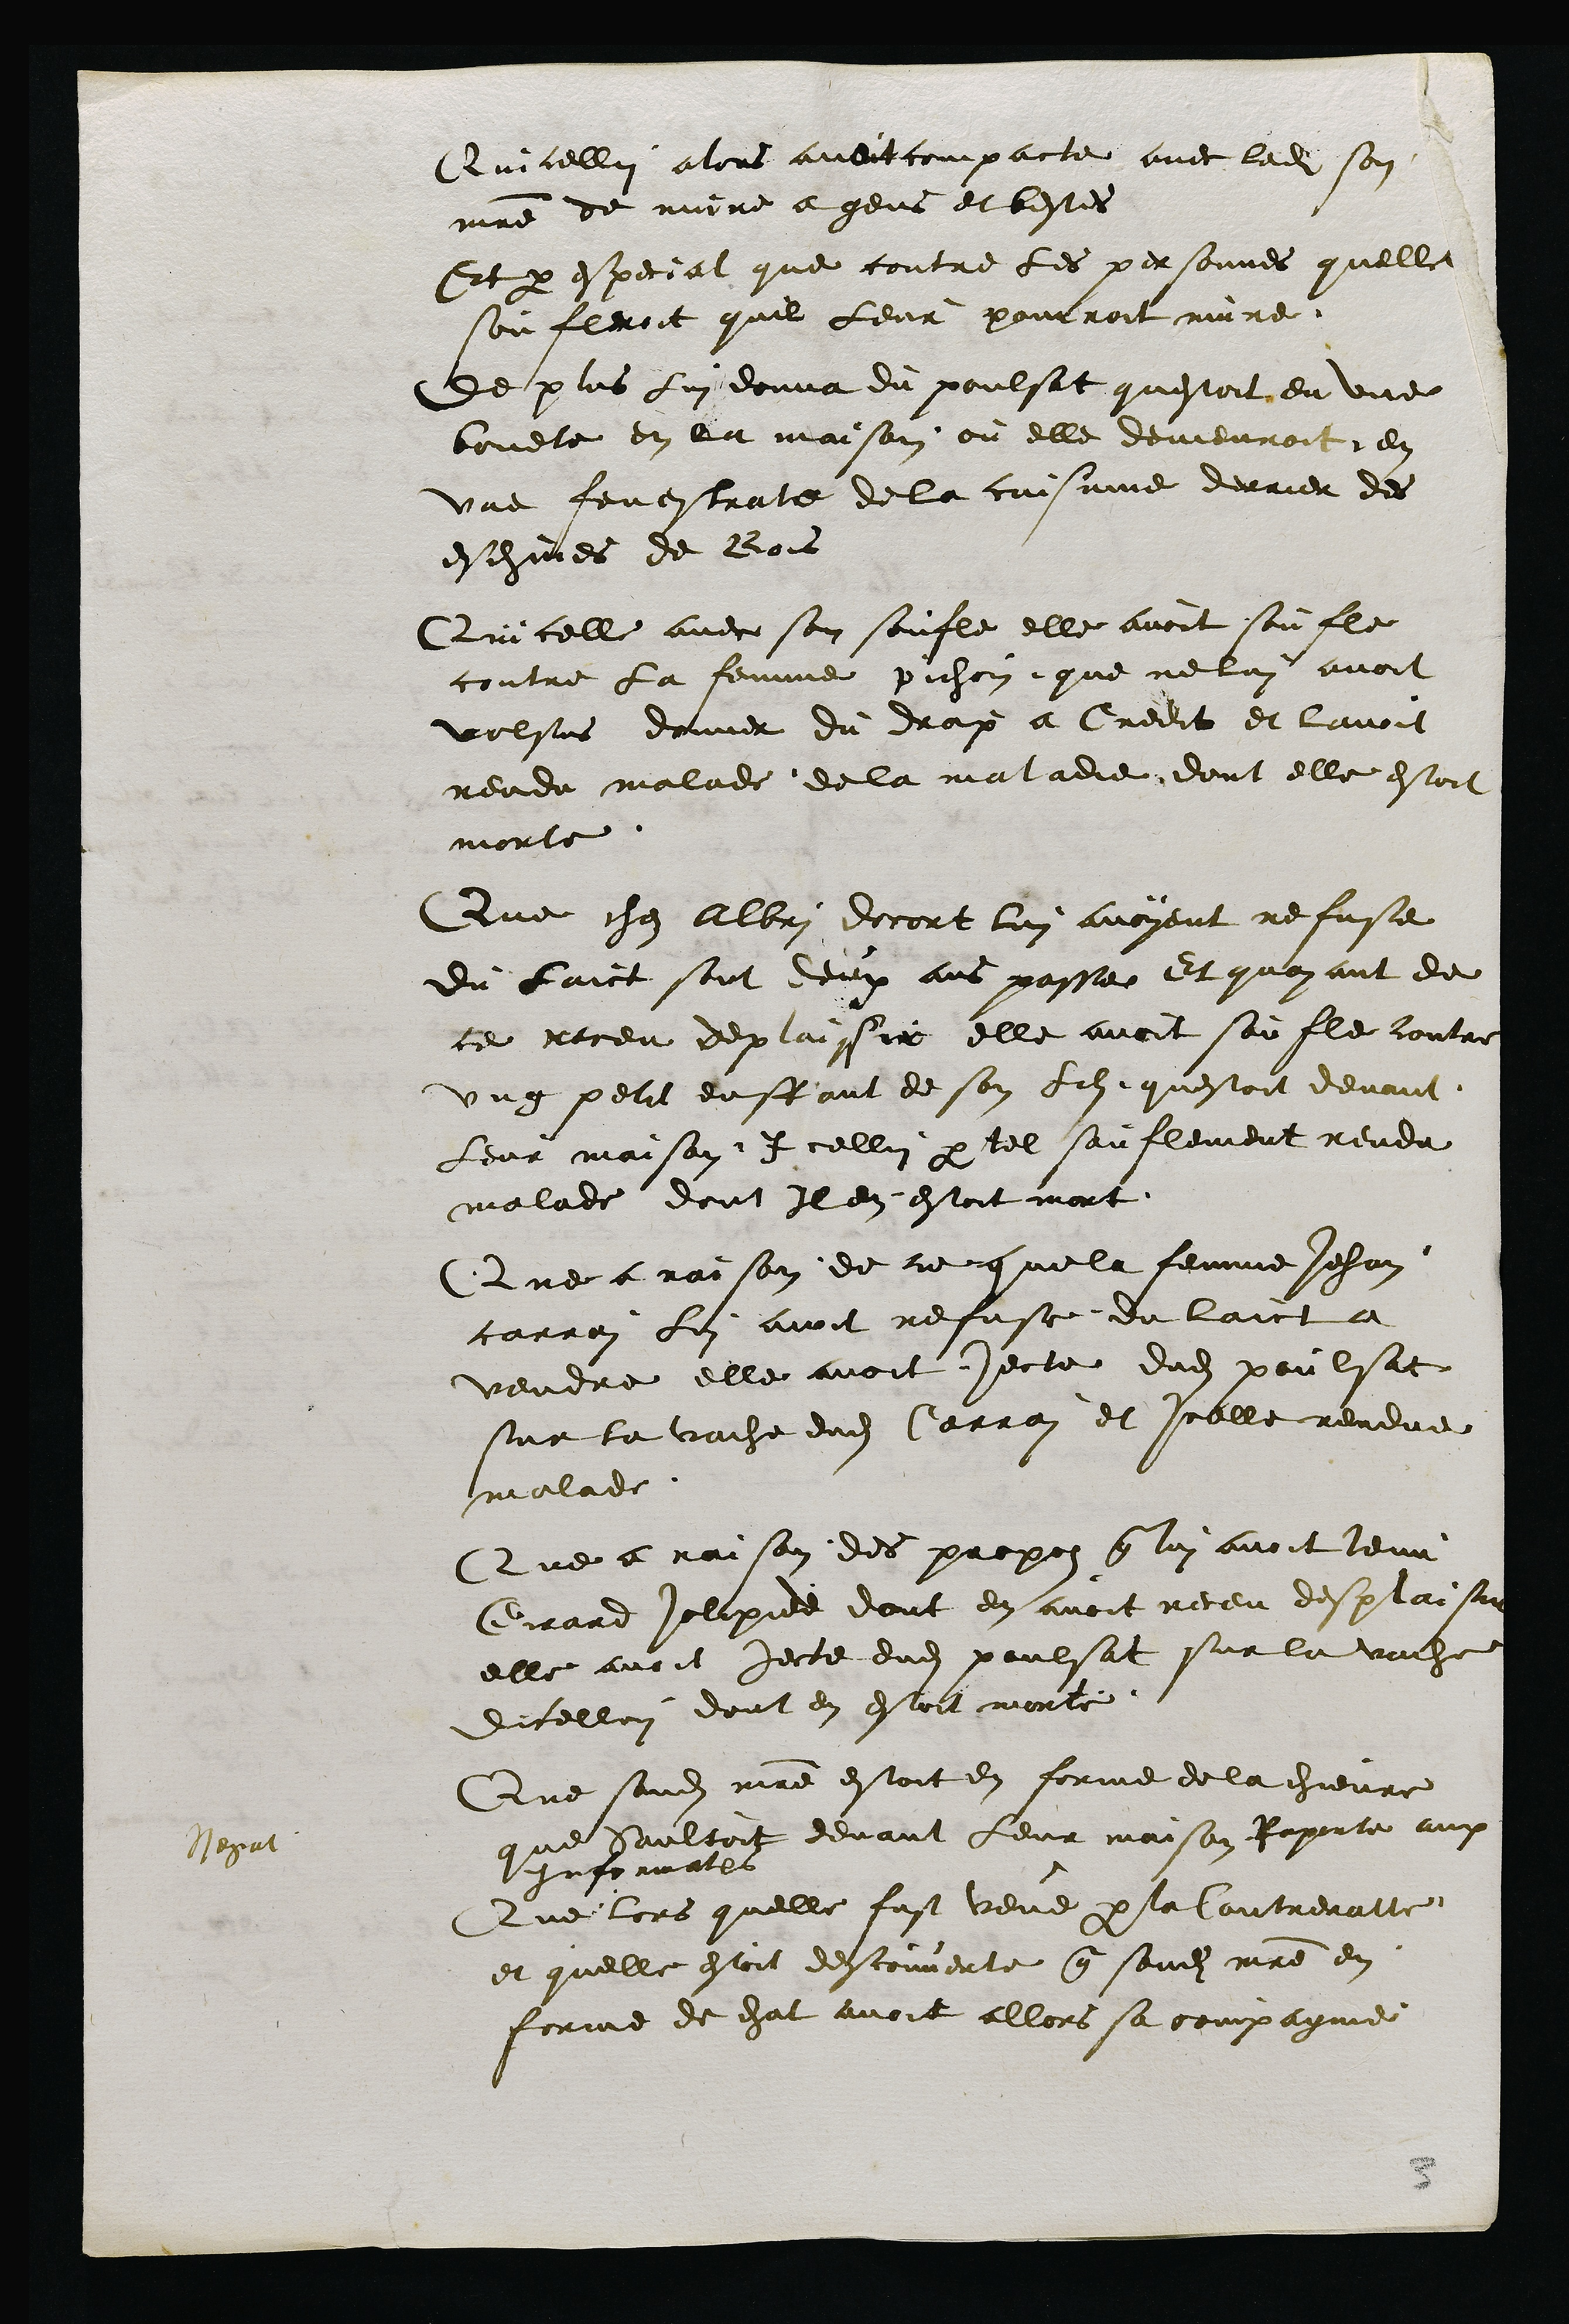
Quicellui alors avoit compacte avec ladite son
maitre de nuire a gens et bestes
Et par especial que toutes les personnes quelle
soufleroit quil leur pourroit nuire
De plus lui donna du poulsat questoit en une
bouete en la maison ou elle demeuroit en
une fenestrate de la cuissine derrier des
eschines de Bois
Quicelle avec son soufle elle avoit soufle
contre la femme pichoin que ne lui avoit
volsus donner du drap a Credit et lavoit
rendu malade de la maladie dont elle estoit
morte
Que chez Albri docort lui avoyent refuse
du laict sont deux ans passe Et quayant de
ce receu deplaissir elle avoit soufle contre
ung petit enffant de son fils questoit devant
Leur maison Icellui par tel souflement rendu
malade dont Il en estoit mort
Que a raison de ce que la femme Jehan
carrei lui avoit refuse du laict a
vendre elle avoit jecte dudit poulsat
sur la vache dudit Carrai et icelle rendue
malade
Que a raison des propos que lui avoit tenu
Girard Jolipied dont en avoit receu desplaisir
elle avoit jecte dudit poulsat sur la vache
dicellui dont en estoit morte
Negat
Que sondit maitre estoit en forme de la chievre
que saultoit devant leur maison Raporte aux
Informations
Que lors quelle fust veue par la contreratte
et quelle estoit descouverte que sondit maitre en
forme de chat avoit allors sa compagnie

3